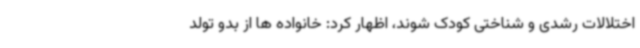
اختلالات رشدی و شناختی کودک شوند، اظهار کرد: خانواده ها از بدو تولد